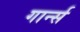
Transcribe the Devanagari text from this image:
गार्न्स